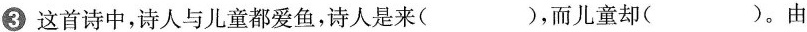
③这首诗中，诗人与儿童都爱鱼，诗人是来( )，而儿童却( )。由